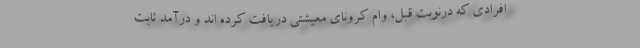
افرادی که درنوبت قبل، وام کرونای معیشتی دریافت کرده اند و درآمد ثابت